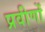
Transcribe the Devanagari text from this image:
प्रवीणों